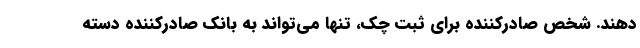
دهند. شخص صادرکننده برای ثبت چک، تنها می‌تواند به بانک صادرکننده دسته